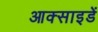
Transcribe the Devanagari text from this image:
आक्साइडें